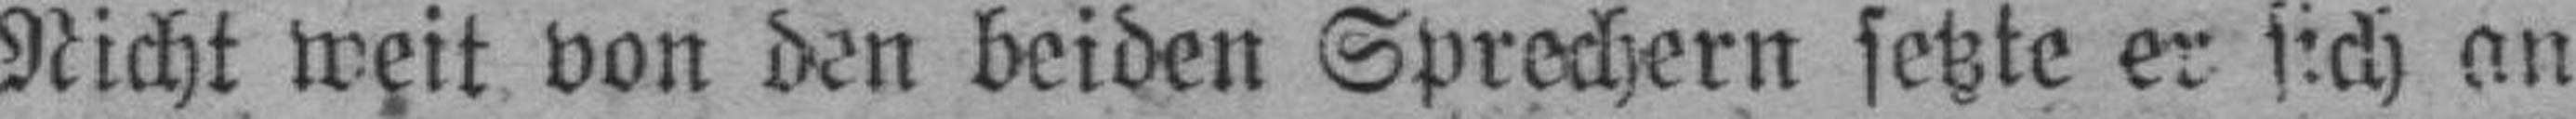
Nicht weit von den beiden Sprechern setzte er sich an